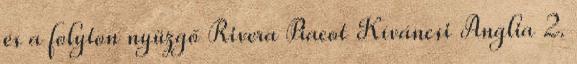
és a folyton nyüzgő Rivera Piacot Kíváncsi Anglia 2.